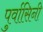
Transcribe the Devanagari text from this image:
पुर्वासिनी